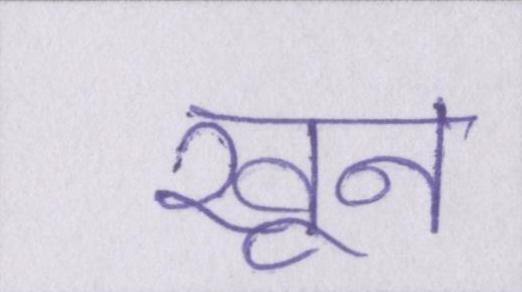
खून